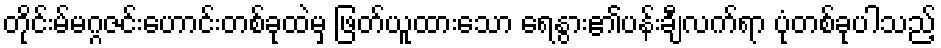
တိုင်းမ်မဂ္ဂဇင်းဟောင်းတစ်ခုထဲမှ ဖြတ်ယူထားသော ရေနွား၏ပန်းချီလက်ရာ ပုံတစ်ခုပါသည့်